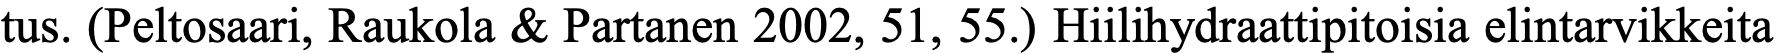
tus. (Peltosaari, Raukola & Partanen 2002, 51, 55.) Hiilihydraattipitoisia elintarvikkeita